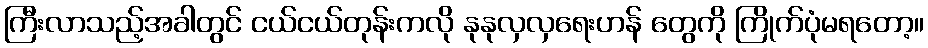
ကြီးလာသည့်အခါတွင် ငယ်ငယ်တုန်းကလို နုနုလှလှရေးဟန် တွေကို ကြိုက်ပုံမရတော့။